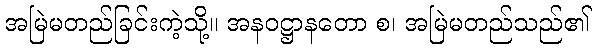
အမြဲမတည်ခြင်းကဲ့သို့။ အနဝဋ္ဌာနတော စ၊ အမြဲမတည်သည်၏